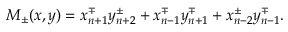
M _ { \pm } ( x , y ) = x _ { n + 1 } ^ { \mp } y _ { n + 2 } ^ { \pm } + x _ { n - 1 } ^ { \mp } y _ { n + 1 } ^ { \mp } + x _ { n - 2 } ^ { \pm } y _ { n - 1 } ^ { \mp } .